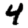
Digit: 4